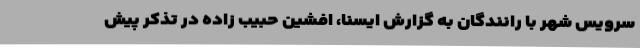
سرویس شهر با رانندگان به گزارش ایسنا، افشین حبیب زاده در تذکر پیش